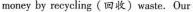
money by recycling(回收)waste.Our